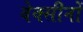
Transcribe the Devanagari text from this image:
वेक्सीनों